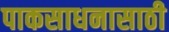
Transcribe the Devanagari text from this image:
पाकसाधनासाठी